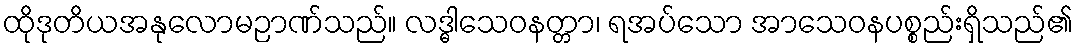
ထိုဒုတိယအနုလောမဉာဏ်သည်။ လဒ္ဓါသေဝနတ္တာ၊ ရအပ်သော အာသေဝနပစ္စည်းရှိသည်၏